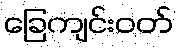
ခြေကျင်းဝတ်